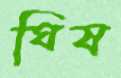
ঘিষ